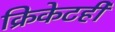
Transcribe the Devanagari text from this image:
क्रिकेटही